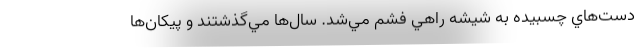
دست‌هاي چسبيده به شيشه راهي فشم مي‌شد. سال‌ها مي‌گذشتند و پيكان‌ها